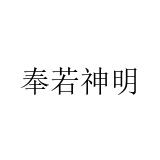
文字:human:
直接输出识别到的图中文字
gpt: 奉若神明